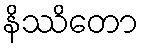
နိဿိတော